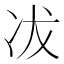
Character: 冹